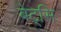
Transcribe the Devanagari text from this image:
बेट्सि